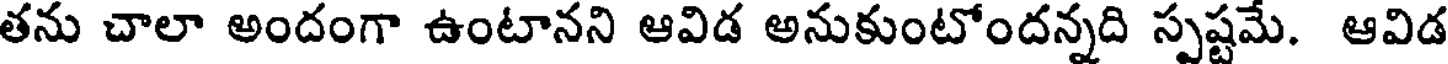
తను చాలా అందంగా ఉంటానని ఆవిడ అనుకుంటోందన్నది స్పష్టమే. ఆవిడ